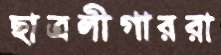
ছাত্রলীগাররা